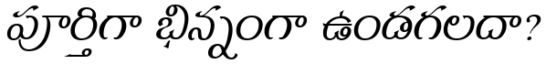
పూర్తిగా భిన్నంగా ఉండగలదా?